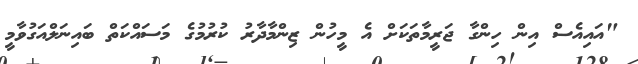
"އައިއެސް އިން ހިންގާ ޖަރީމާތަކަށް އެ މީހުން ޒިންމާދާރު ކުރުމުގެ މަަސައްކަތް ބައިނަލްއަގުވާމީ